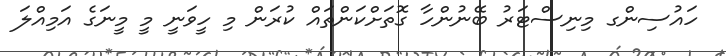
ހައުސިންގ މިނިސްޓަރު ބޭނުންހާ ގޮތަަށްކަންތައް ކުރަން މި ހީވަނީ މީ މީނަގެ އަމިއްލަ